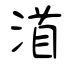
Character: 渞